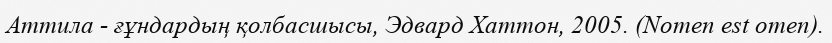
Аттила - ғұндардың қолбасшысы, Эдвард Хаттон, 2005. (Nomen est omen).